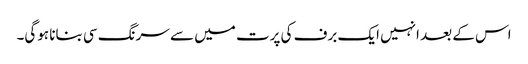
اس کے بعد انہیں ایک برف کی پرت میں سے سرنگ سی بنانا ہوگی۔